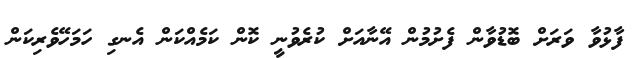
ފާޅުވާ ވަރަށް ބޮޑުވާން ފެށުމުން އޭނާއަށް ކުރެވުނީ ކޮން ކަމެއްކަން އެނގި ހަމަހޭވެރިކަން